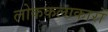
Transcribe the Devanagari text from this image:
लोककलाकारों